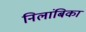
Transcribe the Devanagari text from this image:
निलांबिका